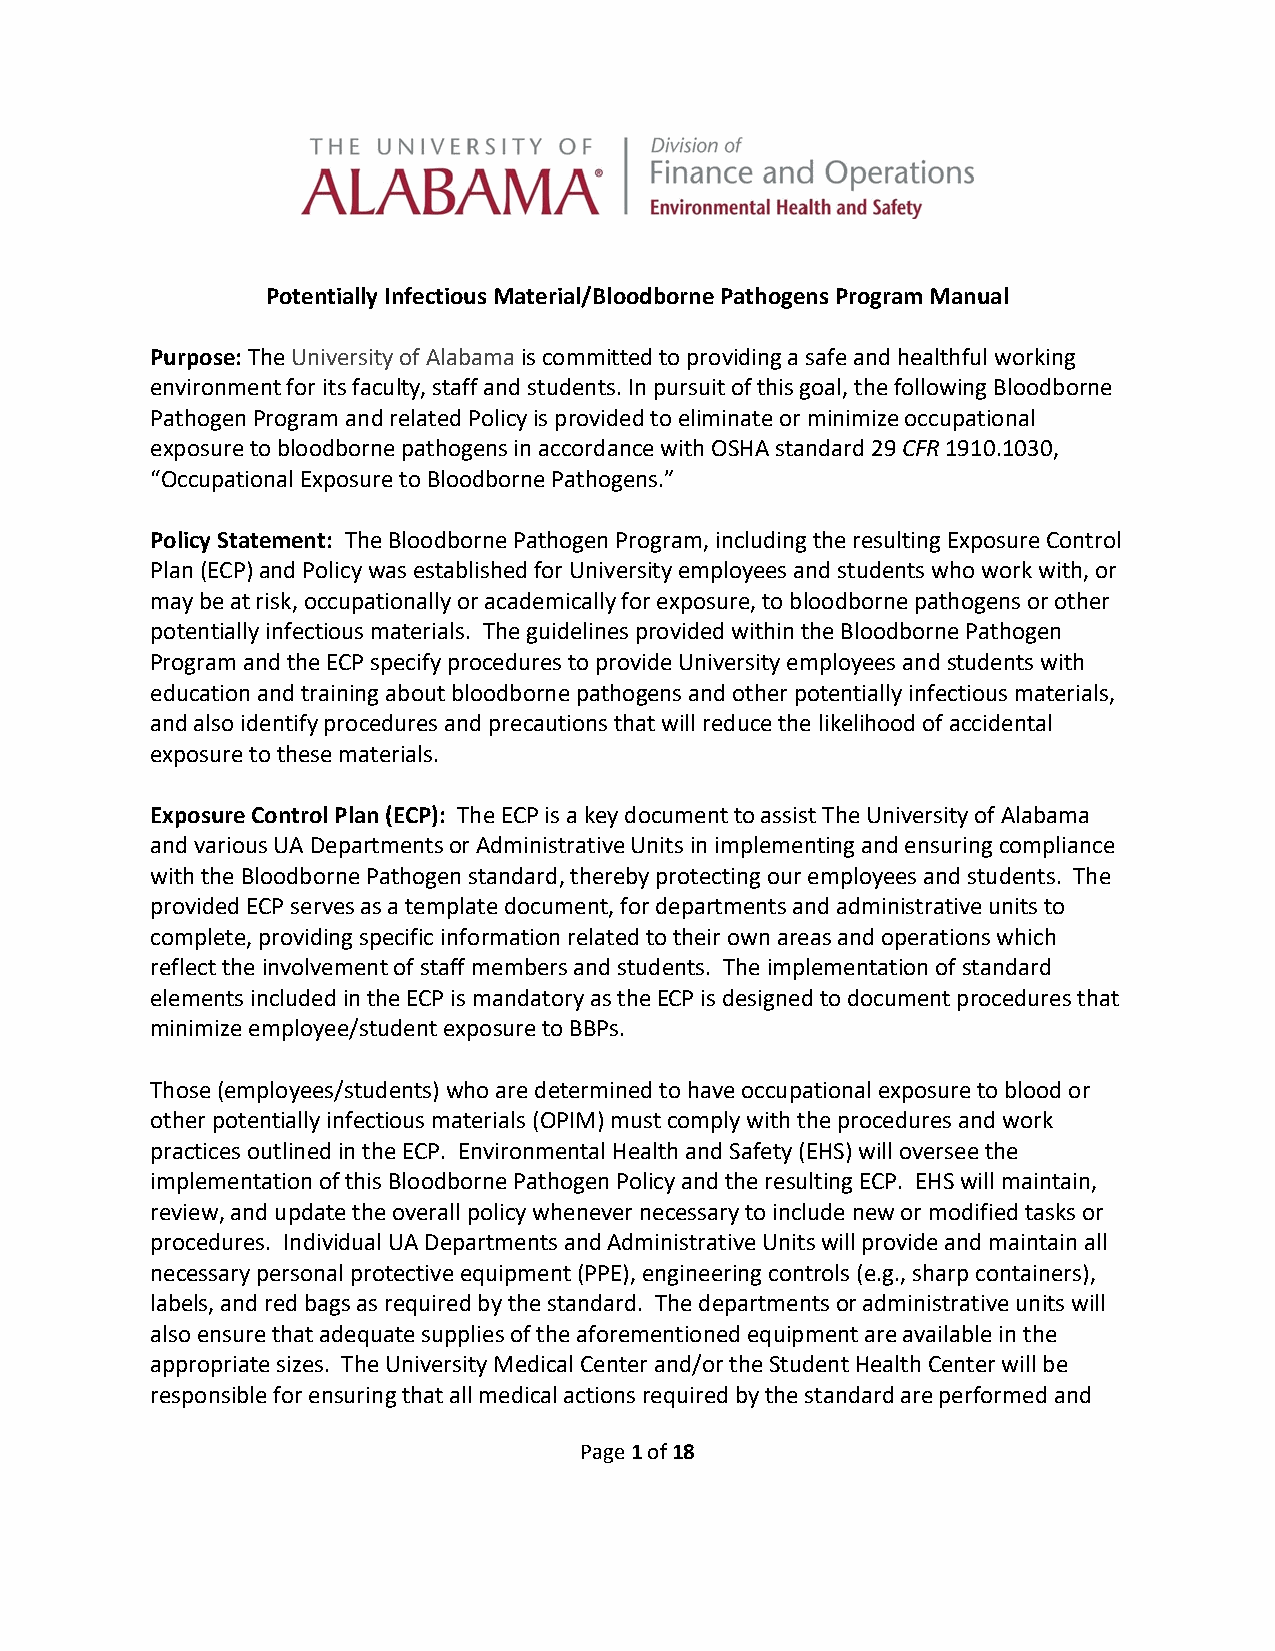
Potentially Infectious Material/Bloodborne Pathogens Program Manual
 Purpose: The University of Alabama is committed to providing a safe and healthful working
 environment for its faculty, staff and students. In pursuit of this goal, the following Bloodborne
 Pathogen Program and related Policy is provided to eliminate or minimize occupational
 exposure to bloodborne pathogens in accordance with OSHA standard 29 CFR 1910.1030,
 “Occupational Exposure to Bloodborne Pathogens.”
 Policy Statement: The Bloodborne Pathogen Program, including the resulting Exposure Control
 Plan (ECP) and Policy was established for University employees and students who work with, or
 may be at risk, occupationally or academically for exposure, to bloodborne pathogens or other
 potentially infectious materials. The guidelines provided within the Bloodborne Pathogen
 Program and the ECP specify procedures to provide University employees and students with
 education and training about bloodborne pathogens and other potentially infectious materials,
 and also identify procedures and precautions that will reduce the likelihood of accidental
 exposure to these materials.
 Exposure Control Plan (ECP): The ECP is a key document to assist The University of Alabama
 and various UA Departments or Administrative Units in implementing and ensuring compliance
 with the Bloodborne Pathogen standard, thereby protecting our employees and students. The
 provided ECP serves as a template document, for departments and administrative units to
 complete, providing specific information related to their own areas and operations which
 reflect the involvement of staff members and students. The implementation of standard
 elements included in the ECP is mandatory as the ECP is designed to document procedures that
 minimize employee/student exposure to BBPs.
 Those (employees/students) who are determined to have occupational exposure to blood or
 other potentially infectious materials (OPIM) must comply with the procedures and work
 practices outlined in the ECP. Environmental Health and Safety (EHS) will oversee the
 implementation of this Bloodborne Pathogen Policy and the resulting ECP. EHS will maintain,
 review, and update the overall policy whenever necessary to include new or modified tasks or
 procedures. Individual UA Departments and Administrative Units will provide and maintain all
 necessary personal protective equipment (PPE), engineering controls (e.g., sharp containers),
 labels, and red bags as required by the standard. The departments or administrative units will
 also ensure that adequate supplies of the aforementioned equipment are available in the
 appropriate sizes. The University Medical Center and/or the Student Health Center will be
 responsible for ensuring that all medical actions required by the standard are performed and
 Page 1 of 18